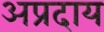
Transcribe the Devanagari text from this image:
अप्रदाय